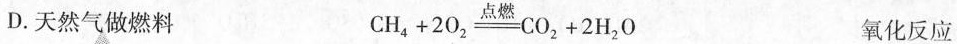
D.天然气做燃料 CH_{4}+2O_{2} \xlongequal[]{点燃} CO_{2}+2H_{2}O 氧化反应